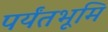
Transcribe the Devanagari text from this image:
पर्यंतभूमि